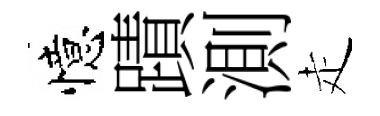
憶蹟測走